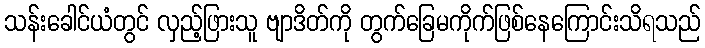
သန်းခေါင်ယံတွင် လှည့်ဖြားသူ ဗျာဒိတ်ကို တွက်ခြေမကိုက်ဖြစ်နေကြောင်းသိရသည်